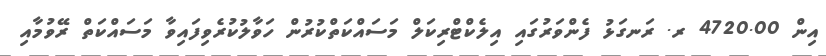
އިން 4720.00 ރ. ރަނގަޅު ފެންވަރުގައި އިލެކްޓްރިކަލް މަސައްކަތްކުރުން ހަވާލުކުރެވިފައިވާ މަސައްކަތް ރޭވުމާއި